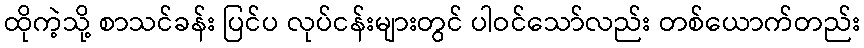
ထိုကဲ့သို့ စာသင်ခန်း ပြင်ပ လုပ်ငန်းများတွင် ပါဝင်သော်လည်း တစ်ယောက်တည်း